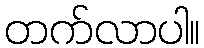
တက်လာပါ။